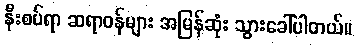
နီးစပ်ရာ ဆရာဝန်များ အမြန်ဆုံး သွားခေါ်ပါတယ်။